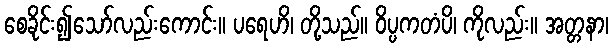
စေခိုင်း၍သော်လည်းကောင်း။ ပရေဟိ၊ တို့သည်။ ဝိပ္ပကတံပိ၊ ကိုလည်း။ အတ္တနာ၊